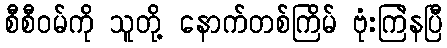
စီစီဝမ်ကို သူတို့ နောက်တစ်ကြိမ် ဗုံးကြဲနပြီ